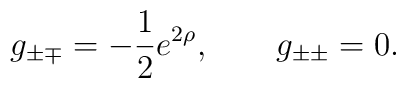
g_{\pm\mp} = - \frac12 e^{2\rho},\qquad g_{\pm\pm} = 0.